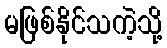
မဖြစ်နိုင်သကဲ့သို့